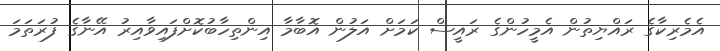
އެމެރިކާގެ ރައްޔިތުން އެމީހުންގެ ރައީސް ކަމަށް އަލުން އޮބާމާ އިންތިހާބުކޮށްފައިވާއިރު އޭނާގެ ފުރަތަމަ